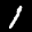
Label: 1